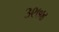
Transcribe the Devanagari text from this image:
३९७४